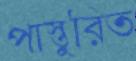
পাস্তুরিত